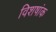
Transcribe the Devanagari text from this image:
विशषांक